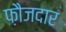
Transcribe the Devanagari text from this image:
फ़ौजदार